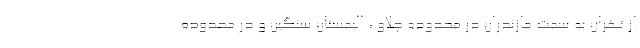
از تهران به سمت مازندران در محدوده چلاو ، الیمستان سنگین و در محدوده